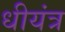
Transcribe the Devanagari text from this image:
धीयंत्र